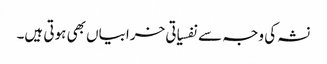
نشہ کی وجہ سے نفسیاتی خرابیاں بھی ہوتی ہیں۔